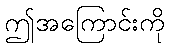
ဤအကြောင်းကို